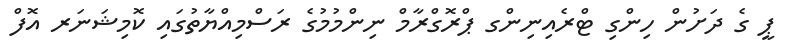
ޕީ ގެ ދަށުން ހިންގި ޓްރެއިނިންގ ޕްރޮގްރާމް ނިންމުމުގެ ރަސްމިއްޔާތުގައި ކޮމިޝަނަރ އޮފް